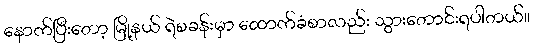
နောက်ပြီးတော့ မြို့နယ် ရဲစခန်းမှာ ထောက်ခံစာလည်း သွားတောင်းရပါတယ်။